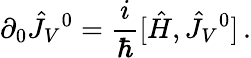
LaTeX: \partial_{0}\hat{J}_{V}{}^{0}={\frac{i}{\hbar}}[\hat{H},\hat{J}_{V}{}^{0}]\, .